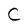
Character: C